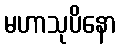
မဟာသုပိနော